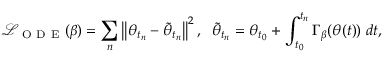
\mathcal { L } _ { \mathrm { ~ O ~ D ~ E ~ } } ( \beta ) = \sum _ { n } \left\| \theta _ { t _ { n } } - \tilde { \theta } _ { t _ { n } } \right\| ^ { 2 } , \; \; \tilde { \theta } _ { t _ { n } } = \theta _ { t _ { 0 } } + \int _ { t _ { 0 } } ^ { t _ { n } } \Gamma _ { \beta } ( \theta ( t ) ) \; d t ,